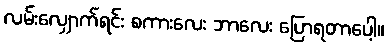
လမ်းလျှောက်ရင်း စကားလေး ဘာလေး ပြောရတာပေါ့။